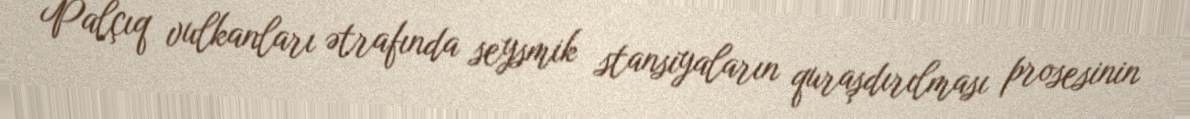
Palçıq vulkanları ətrafında seysmik stansiyaların quraşdırılması prosesinin